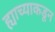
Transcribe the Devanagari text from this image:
ह्याच्याकडून